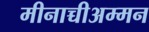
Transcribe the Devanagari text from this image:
मीनाच्चीअम्मन